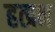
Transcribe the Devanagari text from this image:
हत्प्रभ